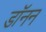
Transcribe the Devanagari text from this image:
डॉनन